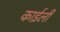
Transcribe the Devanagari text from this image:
काईली